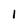
Character: 1